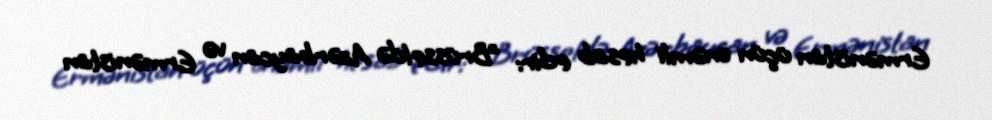
Ermənistan üçün önəmli hesab edir: "Brüsseldə Azərbaycan və Ermənistan